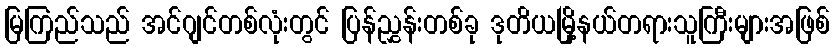
မြကြည်သည် အင်ဂျင်တစ်လုံးတွင် ပြန်ညွှန်းတစ်ခု ဒုတိယမြို့နယ်တရားသူကြီးများအဖြစ်